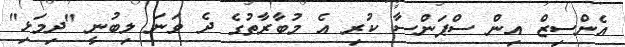
އެންސިޒް އިން ސްޕަންސާ ކުރި އެ މުބާރާތުގެ ދެ ވަނަ ލިބުނީ "ދިމަޅި"